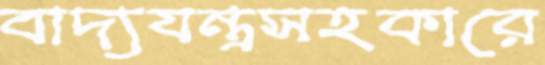
বাদ্যযন্ত্রসহকারে